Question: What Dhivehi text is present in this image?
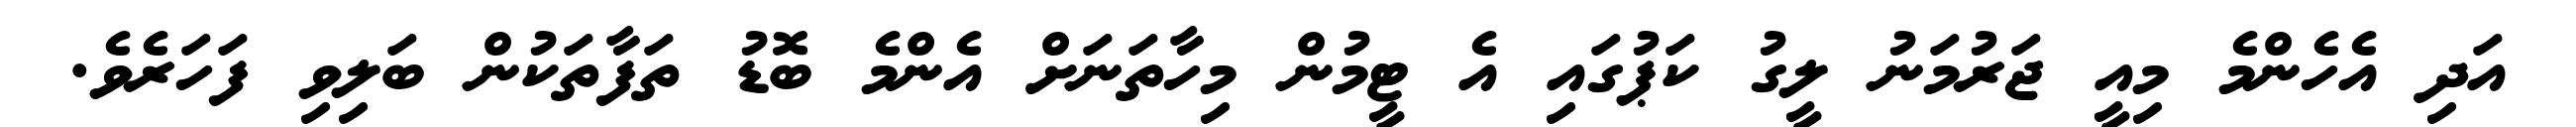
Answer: އަދި އެހެންމެ މިއީ ޖަރުމަނު ލީގު ކަޕުގައި އެ ޓީމުން މިހާތަނަށް އެންމެ ބޮޑު ތަފާތަކުން ބަލިވި ފަހަރެވެ.